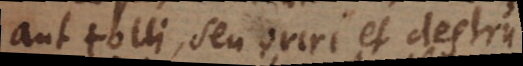
aut tolli, seu oriri et destrui